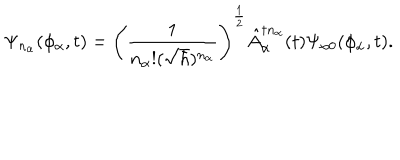
LaTeX: \Psi _ { n _ { \alpha } } ( \phi _ { \alpha } , t ) = \left( \frac { 1 } { n _ { \alpha } ! ( \sqrt { \hbar } ) ^ { n _ { \alpha } } } \right) ^ { \frac { 1 } { 2 } } \hat { A } _ { \alpha } ^ { \dagger n _ { \alpha } } ( t ) \Psi _ { \alpha 0 } ( \phi _ { \alpha } , t ) .